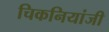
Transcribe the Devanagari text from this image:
चिकनियांजी